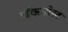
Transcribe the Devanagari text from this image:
चॅकपोस्ट